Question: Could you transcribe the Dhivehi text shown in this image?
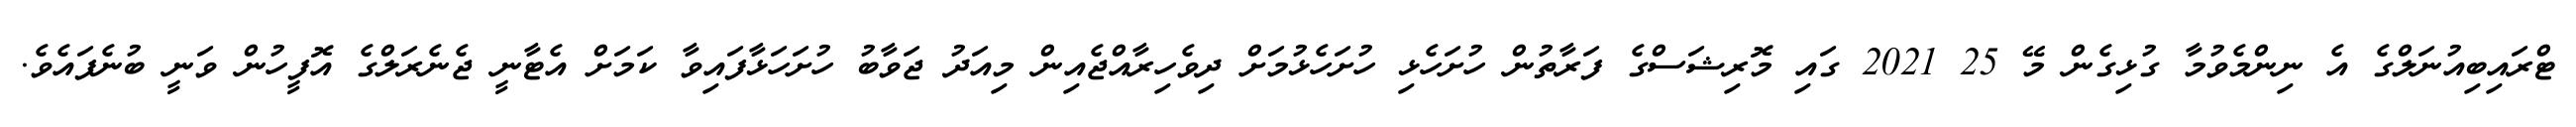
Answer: ޓްރައިބިއުނަލްގެ އެ ނިންމެވުމާ ގުޅިގެން މޭ 25 2021 ގައި މޮރިޝަސްގެ ފަރާތުން ހުށަހެޅި ހުށަހެޅުމަށް ދިވެހިރާއްޖެއިން މިއަދު ޖަވާބު ހުށަހަޅާފައިވާ ކަމަށް އެޓާނީ ޖެނެރަލްގެ އޮފީހުން ވަނީ ބުނެފައެވެ.